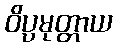
ဝိပ္ပမုတ္တာယ